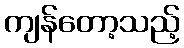
ကျန်တော့သည့်